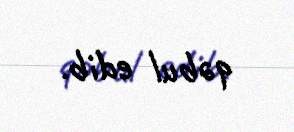
qəbul edib.